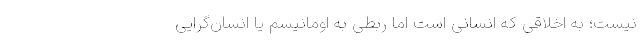
نیست؛ به اخلاقی که انسانی است اما ربطی به اومانیسم یا انسان‌گرایی